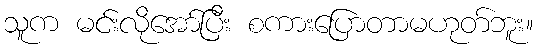
သူက မင်းလိုအော်ပြီး စကားပြောတာမဟုတ်ဘူး။